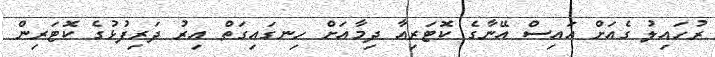
ރުހައިލު ގެއަށް އައިސް އޭނާގެ ކޮޓަރިއާ ދިމާއަށް ހިނގައިގަތް އިރު ދަރިފުޅުގެ ކޮޓަރިން